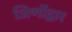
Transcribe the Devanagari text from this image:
जिर्णोद्वार